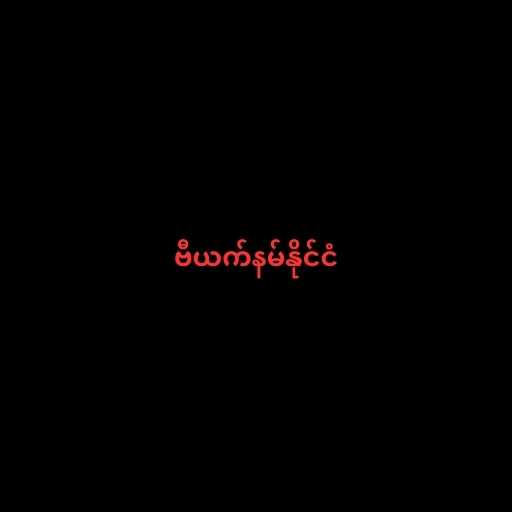
ဗီယက်နမ်နိုင်ငံ